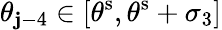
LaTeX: \theta_{\mathbf{j}-4}\in[\theta^{\mathrm{{s}}},\theta^{\mathrm{{s}}}+\sigma_{3}]